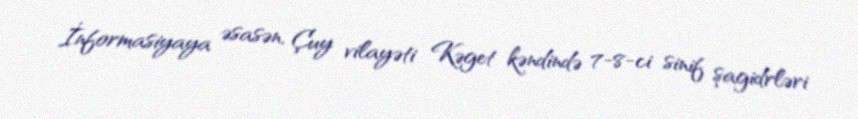
İnformasiyaya əsasən, Çuy vilayəti Kəget kəndində 7-8-ci sinif şagidrləri